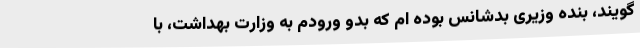
گویند، بنده وزیری بدشانس بوده ام که بدو ورودم به وزارت بهداشت، با